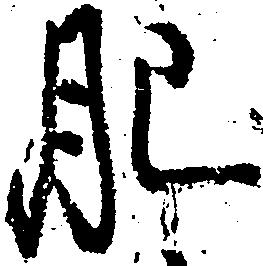
肥